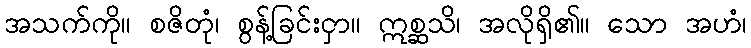
အသက်ကို။ စဇိတုံ၊ စွန့်ခြင်းငှာ။ ဣစ္ဆသိ၊ အလိုရှိ၏။ သော အဟံ၊